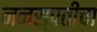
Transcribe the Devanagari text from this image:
ननस्पतीचा